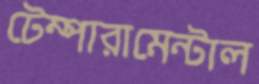
টেম্পারামেন্টাল